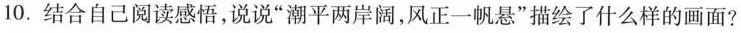
10.结合自己阅读感悟，说说”潮平两岸阔，风正一帆悬”描绘了什么样的画面?